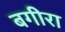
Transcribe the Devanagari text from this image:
बगीरा